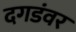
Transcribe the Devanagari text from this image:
दगडंवर